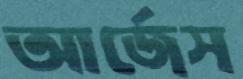
আর্জেস